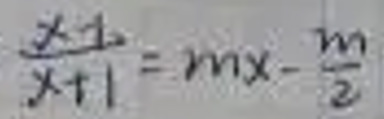
\frac{x - 2}{x + 1}=mx-\frac{m}{2}